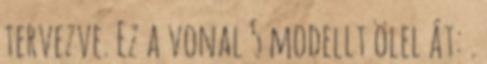
tervezve. Ez a vonal 5 modellt ölel át: .